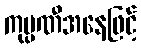
ကုမ္ပဏီအနေဖြင့်